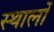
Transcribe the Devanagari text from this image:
स्थालों